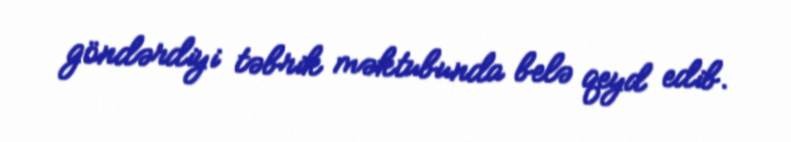
göndərdiyi təbrik məktubunda belə qeyd edib.